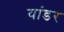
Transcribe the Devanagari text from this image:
यांडर